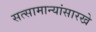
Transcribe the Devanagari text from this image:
सत्सामान्यांसारखे